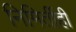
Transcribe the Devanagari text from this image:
निमिर्तीही